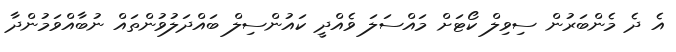
އެ ދެ މެންބަރުން ސިވިލް ކޯޓަށް މައްސަލަ ވެއްދީ ކައުންސިލް ބައްދަލުވުންތައް ނުބާއްވަމުންދާ